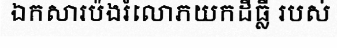
ឯកសារប៉ងរំលោភយកដីធ្លី របស់